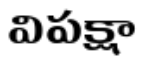
విపక్షా